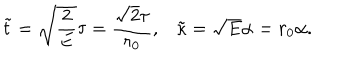
LaTeX: \tilde { t } = \sqrt { \frac { 2 } { E } } \tau = \frac { \sqrt { 2 } \tau } { r _ { 0 } } , \tilde { \kappa } = \sqrt { E } \alpha = r _ { 0 } \alpha .